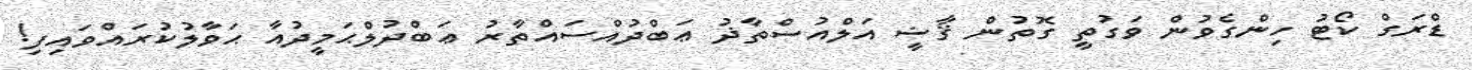
ޑްރަގް ކޯޓު ހިންގެވުން ވަގުތީ ގޮތުން ޤާޟީ އަލްއުސްތާޛު ޢަބްދުއްސައްތާރު ޢަބްދުލްޙަމީދުއާ ޙަވާލުކުރައްވައިފި!